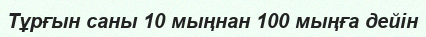
Тұрғын саны 10 мыңнан 100 мыңға дейін